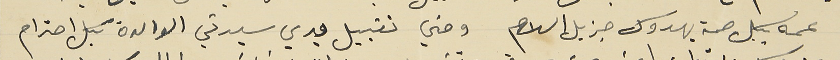
عمه بكل صحة يهدوك جزيل السلام ومني تقبيل يدي سيدتي الوالدة بكل احترام